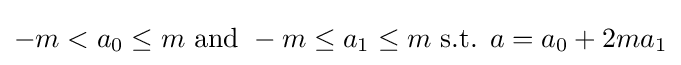
-m<a_{0}\leq m{\mbox{ and }}-m\leq a_{1}\leq m{\mbox{ s.t. }}a=a_{0}+2ma_{1}